Report on malaria in the Punjab during the year ...  together with an account of the work of the Punjab Malaria Bureau - Volume 3
Disease focus: Malaria
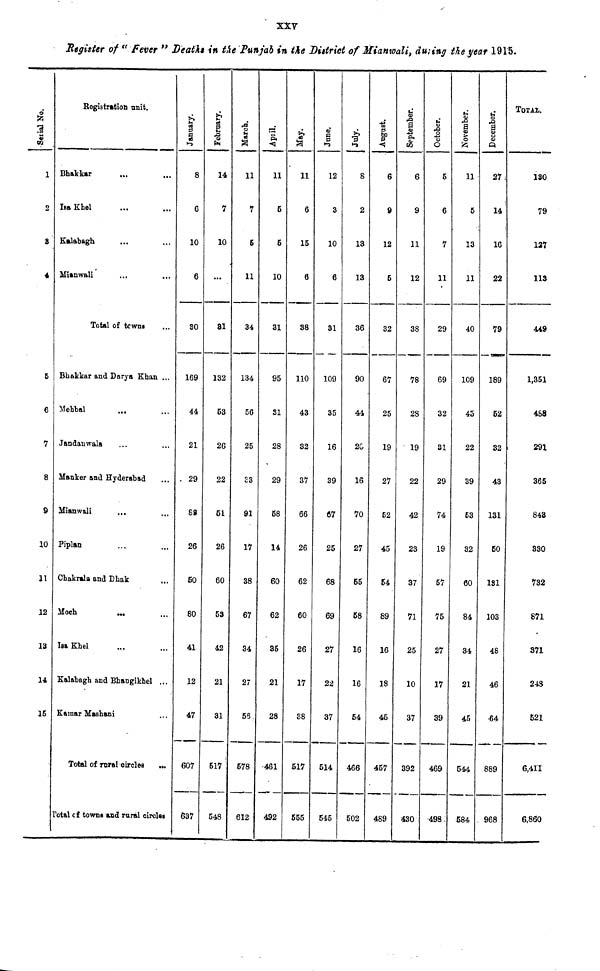
XXV
Register of "Fever" Deaths in the Punjab in the District of Mianwali, during the year 1915.
i
s
1
2
8
4
5
6
7
8
9
10
11
12
13
14
15
Registration trait.
Bhakkar ... ...
ISA Khel ... ...
Kalabagh ... ...
Mianwali ... ...
Total of towns ... ...
Bhakkar and Darya Khan ...
Mehbal ... ...
Jandanwala ... ...
Hanker and Hyderabad
Mianwali ... ...
Piplan ... ...
Chakrala and Dhak ...
Moch
...
Isa Khel ... ...
Kalabagh and Bhangikhel ...
Kamar Mashani ...
Total of rural oircles ...
Total of towns and rural circles
January.
8
6
10
6
30
169
44
21
. 29
88
26
50
80
41
12
47
607
637
February.
14
7
10
...
31
132
53
26
22
51
26
60
53
42
21
31
517'
548
March.
11
7
5
11
34
134
56
25
33
91
17
38
67
34
27
55
578
612
April.
11
5
5
10
31
95
31
28
29
58
14
60
62
35
21
28
461
492
May.
11
6
15
6
38
110
43
32
37
66
26
62
60
26
17
38
517
555
Jane.
12
3
10
6
31
109
35
16
39
67
25
68
69
27
22
37
514
545
July.
S
2
13
13
36
90
44
20
16
70
27
55
58
16
16
54
466
502
August.
6
9
12
5
32
67
25
19
27
52
45
54
89
16
18
45
457
489
September.
6
9
11
12
38
78
28
19
22
42
23
37
71
25
10
37
392
430
October.
1
5
6
7
11
29
69
32
31
29
74
19
57
75
27
17
39
469
498
November.
11
5
13
11
40
109
45
22
39
53
32
60
84
34
21
45
544
584
December.
27;
14
16
22
79
189
52
32
43
131
50
131
103
48
46
•64
889
. 968
TOTAL
130
79
127
113
449
1,351
458
291
365
843
330
732
871
371
248
521
6,411
6,860